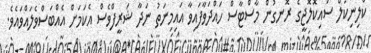
ކްލިނިކަލް ސައިކޮލޮޖީގެ ރޮނގުން މާސްޓާސް ހައްދަވާފައިވާ އައިމިނަތު ނަދާ ޝަރީފްވެސް އެކަމަށް އެއްބަސްވެލައްވައެވެ.